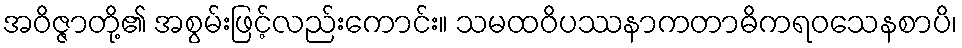
အဝိဇ္ဇာတို့၏ အစွမ်းဖြင့်လည်းကောင်း။ သမထဝိပဿနာကတာဓိကရဝသေနစာပိ၊